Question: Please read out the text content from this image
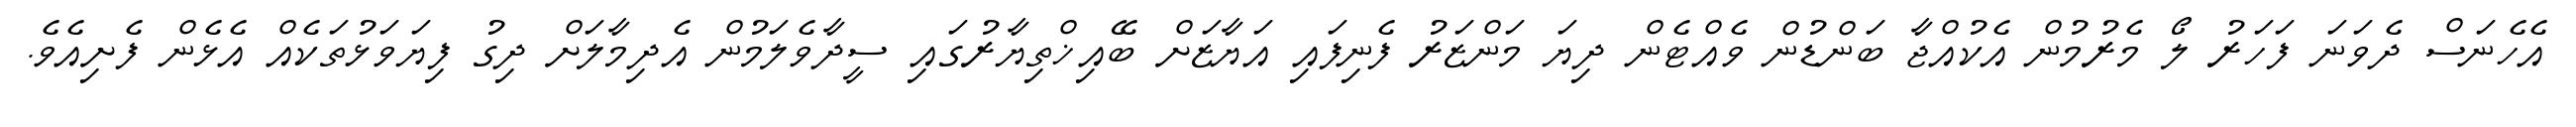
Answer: އެހެނަސް ދެވަނަ ފަހަރު ލޯ މެރުމުން އެކުއްޖާ ބަންޑުން ވެއްޓެން ދިޔަ މަންޒަރު ފެނިފައި އަޔާޒަށް ބޭއިޚްތިޔާރުގައި ސީދާވެލަމުން އެދިމާލަށް ދިގު ފިޔަވަޅުތަކެއް އެޅެން ފެށިއެވެ.